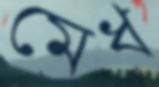
মেধ